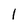
Character: 1